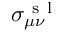
\sigma _ { \mu \nu } ^ { \mathrm { ~ s ~ l ~ } }